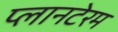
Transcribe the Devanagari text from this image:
प्लानटेरम